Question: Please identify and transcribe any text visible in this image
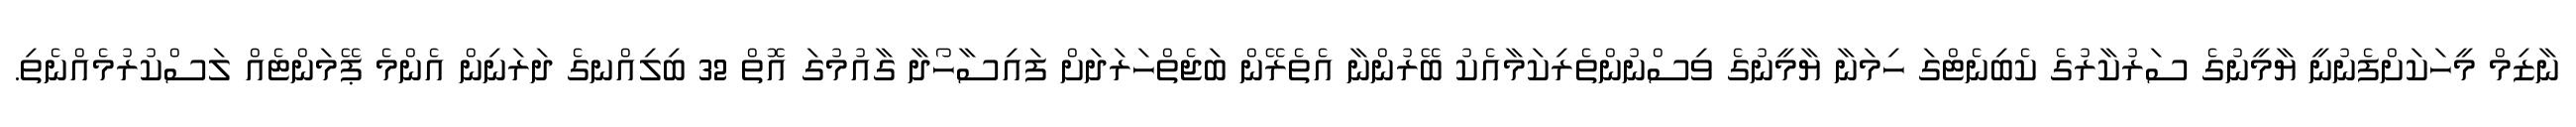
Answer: ނާޒިމް މީހަކަށްފެނުނީ ޔާމީނުގެ ސަރުކާރުގެ ކެބިނެޓްގަ ހިމަނާ ޔާމީނުގެ ވިސްނުންތެރިކަމާއެކު ބޭރުންނާ އެތެރޭން ބަޖެތްހަރަދަށް ފައިސާހޯދާ ގާއުމުގަ އޮތް 32 ބިލިއްނގެ ދަރަނިން އެންމެ ޕޭމަންޓެއް ލަސްކުރުމެއްނެތި.